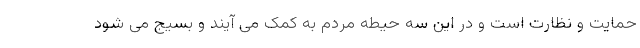
حمایت و نظارت است و در این سه حیطه مردم به کمک می آیند و بسیج می شود